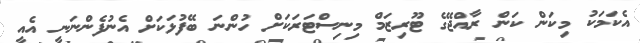
އެކަމަކު މިކަން ކަން ރާއްޖޭގެ ޓޫރިޒަމް މިނިސްޓަރަކަށް ހުންނަ ބޭފުޅަކަށް އެނުފެންނަނީ އެއީ